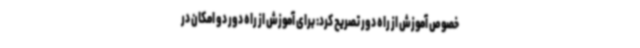
خصوص آموزش از راه دور تصریح کرد: برای آموزش از راه دور دو امکان در